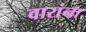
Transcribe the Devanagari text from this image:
वारांना